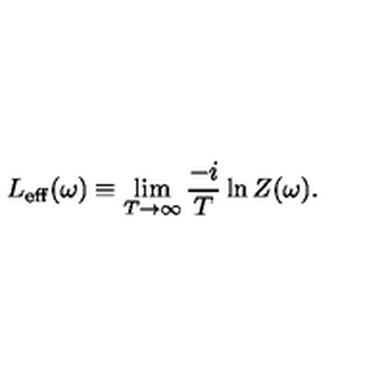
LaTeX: L _ { \mathrm { e f f } } ( \omega ) \equiv \lim _ { T \to \infty } \frac { - i } { T } \ln Z ( \omega ) .